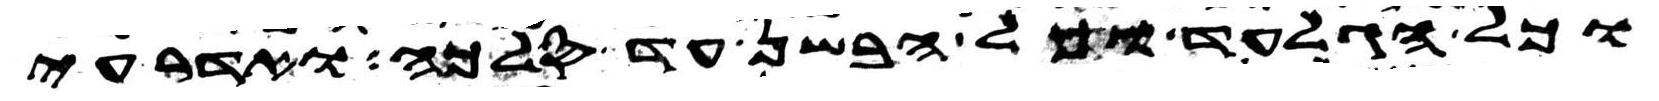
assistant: וכל הגלעד וכל הבשן עד סלכה ואדרעי